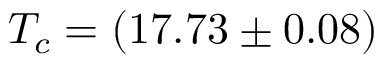
T _ { c } = ( 1 7 . 7 3 \pm 0 . 0 8 )